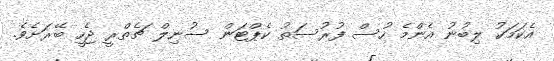
އެކަމަކު ލިބުނު އެންމެ ހުސް ފުރުސަތު ކެޕްޓަން ސުނިލް ޗެތްރީ ޖެހީ ބޭރަށެވެ.